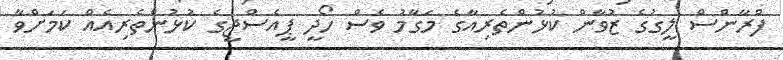
ފްރާންސް ލީގުގެ ޒުވާން ކުޅުންތެރިއާގެ މަގާމު ވެސް ހޯދީ ޕީއެސްޖީގެ ކުޅުންތެރިއެއް ކަމަށްވާ